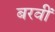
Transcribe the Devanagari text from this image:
बरवीं